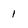
Character: 1